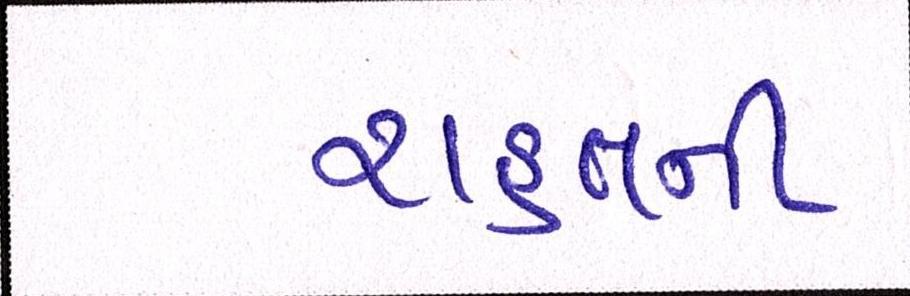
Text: રાહતની